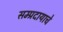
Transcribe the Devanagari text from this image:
सम्प्रदायाचे